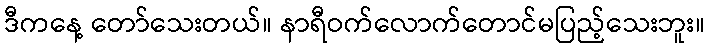
ဒီကနေ့ တော်သေးတယ်။ နာရီဝက်လောက်တောင်မပြည့်သေးဘူး။